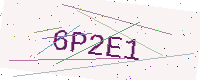
Text: 6P2E1